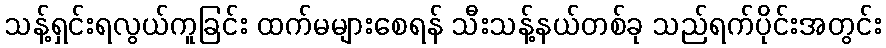
သန့်ရှင်းရလွယ်ကူခြင်း ထက်မများစေရန် သီးသန့်နယ်တစ်ခု သည်ရက်ပိုင်းအတွင်း